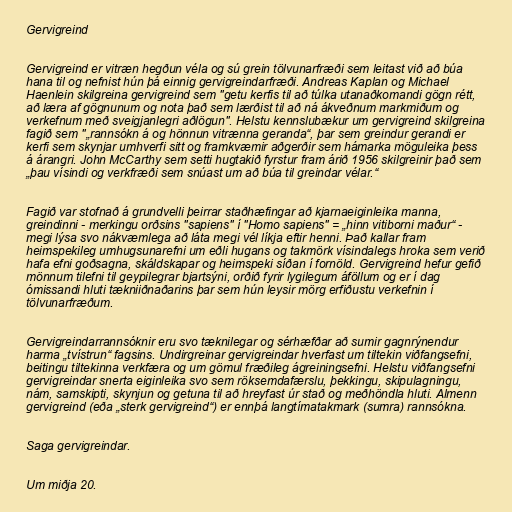
Gervigreind

Gervigreind er vitræn hegðun véla og sú grein tölvunarfræði sem leitast við að búa
hana til og nefnist hún þá einnig gervigreindarfræði. Andreas Kaplan og Michael
Haenlein skilgreina gervigreind sem "getu kerfis til að túlka utanaðkomandi gögn rétt,
að læra af gögnunum og nota það sem lærðist til að ná ákveðnum markmiðum og
verkefnum með sveigjanlegri aðlögun". Helstu kennslubækur um gervigreind skilgreina
fagið sem "„rannsókn á og hönnun vitrænna geranda“, þar sem greindur gerandi er
kerfi sem skynjar umhverfi sitt og framkvæmir aðgerðir sem hámarka möguleika þess
á árangri. John McCarthy sem setti hugtakið fyrstur fram árið 1956 skilgreinir það sem
„þau vísindi og verkfræði sem snúast um að búa til greindar vélar.“

Fagið var stofnað á grundvelli þeirrar staðhæfingar að kjarnaeiginleika manna,
greindinni - merkingu orðsins "sapiens" í "Homo sapiens" = „hinn vitiborni maður“ -
megi lýsa svo nákvæmlega að láta megi vél líkja eftir henni. Það kallar fram
heimspekileg umhugsunarefni um eðli hugans og takmörk vísindalegs hroka sem verið
hafa efni goðsagna, skáldskapar og heimspeki síðan í fornöld. Gervigreind hefur gefið
mönnum tilefni til geypilegrar bjartsýni, orðið fyrir lygilegum áföllum og er í dag
ómissandi hluti tækniiðnaðarins þar sem hún leysir mörg erfiðustu verkefnin í
tölvunarfræðum.

Gervigreindarrannsóknir eru svo tæknilegar og sérhæfðar að sumir gagnrýnendur
harma „tvístrun“ fagsins. Undirgreinar gervigreindar hverfast um tiltekin viðfangsefni,
beitingu tiltekinna verkfæra og um gömul fræðileg ágreiningsefni. Helstu viðfangsefni
gervigreindar snerta eiginleika svo sem röksemdafærslu, þekkingu, skipulagningu,
nám, samskipti, skynjun og getuna til að hreyfast úr stað og meðhöndla hluti. Almenn
gervigreind (eða „sterk gervigreind“) er ennþá langtímatakmark (sumra) rannsókna.

Saga gervigreindar.

Um miðja 20.